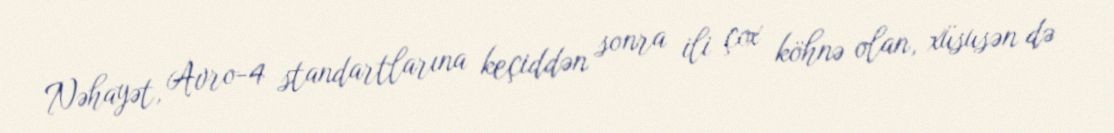
Nəhayət, Avro-4 standartlarına keçiddən sonra ili çox köhnə olan, xüsusən də